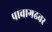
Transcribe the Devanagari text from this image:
पावागढवर